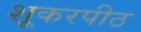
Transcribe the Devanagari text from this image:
शूकरपीठ